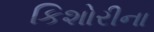
કિશોરીના